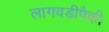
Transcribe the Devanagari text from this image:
लागवडीपैकी